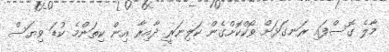
މާލެ ގޮސްފައި ރަނގަޅަށް ވޯކްކޮށްގެން ކަލިނަރީ ދާއިރާ އިން ކިތަންމެ ކުޑަ ވިޔަސް